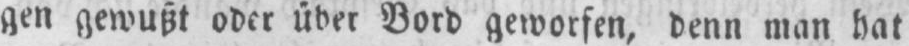
gen gewußt oder über Bord geworfen, denn man hat